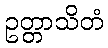
ဥတ္တာသိတံ